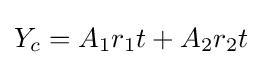
Y_{c}=A_{1}r_{1}t+A_{2}r_{2}t